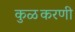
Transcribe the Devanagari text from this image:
कुळकरणी